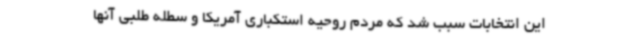
این انتخابات سبب شد که مردم روحیه استکباری آمریکا و سطله طلبی آنها